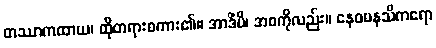
တဿာကထာယ၊ ထိုတရားစကား၏။ အာဒိံပိ၊ အစကိုလည်း။ နေဝမနသိကရော